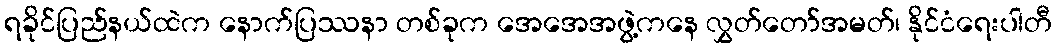
ရခိုင်ပြည်နယ်ထဲက နောက်ပြဿနာ တစ်ခုက အေအေအဖွဲ့ကနေ လွှတ်တော်အမတ်၊ နိုင်ငံရေးပါတီ